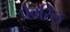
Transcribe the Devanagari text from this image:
पेवरिल